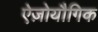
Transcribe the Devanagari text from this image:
ऐज़ोयौगिक